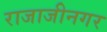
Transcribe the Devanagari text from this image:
राजाजीनगर